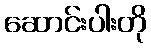
ဆောင်းပါးတို